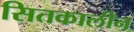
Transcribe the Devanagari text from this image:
सितकालीन